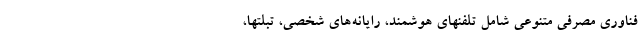
فناوری مصرفی متنوعی شامل تلفنهای هوشمند، رایانه‌های شخصی، تبلتها،